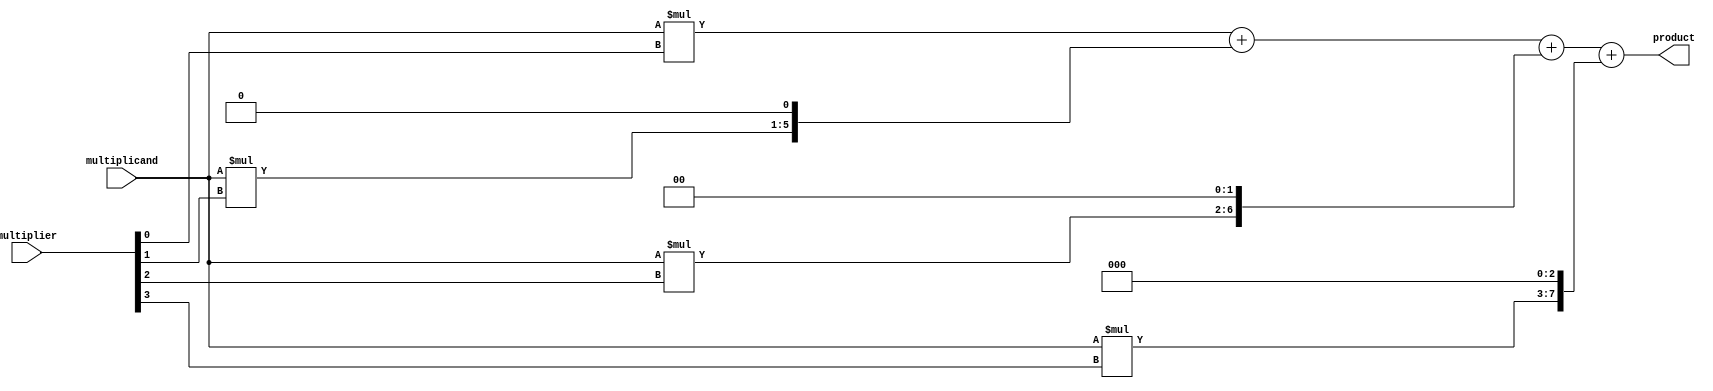
module Booth_Multiplier (
  input [3:0] multiplicand,
  input [3:0] multiplier,
  output reg [7:0] product
);

reg [7:0] partial_products [3:0];

always @(*) begin
  partial_products[0] = multiplicand * (multiplier[0] & 1);
  partial_products[1] = multiplicand * (multiplier[1] & 1) << 1;
  partial_products[2] = multiplicand * (multiplier[2] & 1) << 2;
  partial_products[3] = multiplicand * (multiplier[3] & 1) << 3;
end

always @(*) begin
  product = partial_products[0] + partial_products[1] + partial_products[2] + partial_products[3];
end

endmodule